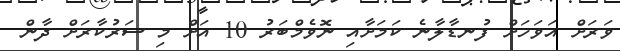
ވަރަށް އަވަހަށް ފުނޑާލާނެ ކަމަށާއި ނޮވެމްބަރު 10 އަށް މި ސަރުކާރަށް ދާން